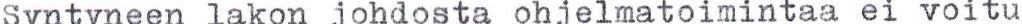
Syntyneen lakon johdosta ohjelmatoimintaa ei voitu